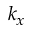
k _ { x }